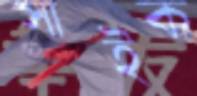
সাইক